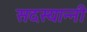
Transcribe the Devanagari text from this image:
सदस्यान्नी